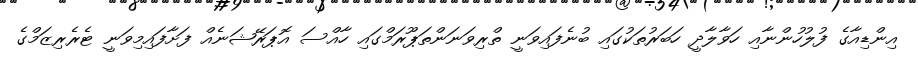
އިންޑިއާގެ ފުލުހުންނާއި ހަވާލާދީ ހަބަރުތަކުގައި ބުނެފައިވަނީ ތްރިވަނަންތަޕޫރަމްގައި ހާއްސަ އޮޕަރޭޝަނެއް ފަށާފައިމިވަނީ ޓެރެރިޒަމްގެ